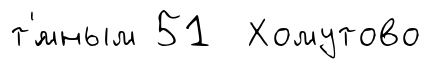
т'́мным 51 Хомутово